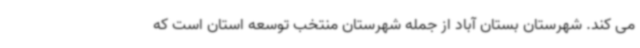
می کند. شهرستان بستان آباد از جمله شهرستان منتخب توسعه استان است که